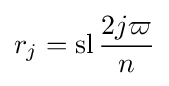
r_{j}=\operatorname {sl} {\dfrac {2j\varpi }{n}}